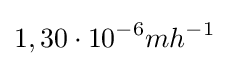
1,30\cdot 10^{-6}mh^{-1}